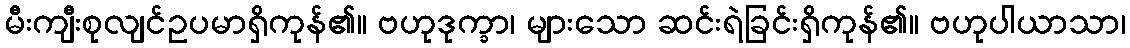
မီးကျီးစုလျင်ဥပမာရှိကုန်၏။ ဗဟုဒုက္ခာ၊ များသော ဆင်းရဲခြင်းရှိကုန်၏။ ဗဟုပါယာသာ၊